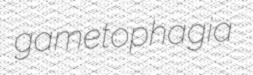
gametophagia